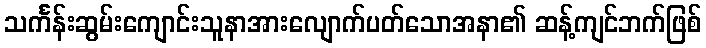
သင်္ကန်းဆွမ်းကျောင်းသူနာအားလျောက်ပတ်သောအနာ၏ ဆန့်ကျင်ဘက်ဖြစ်